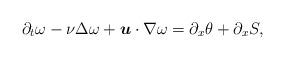
LaTeX: \begin{align*}\partial_t\omega -\nu\Delta\omega + \boldsymbol u\cdot\nabla\omega = \partial_x\theta+\partial_x S,\end{align*}